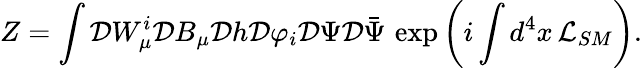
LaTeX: Z=\int{\cal D}W_{\mu}^{i}{\cal D}B_{\mu}{\cal D}h{\cal D}\varphi_{i}{\cal D}\Psi{\cal D}\bar{\Psi}\, \exp\left(i\int d^{4}x\, {\cal L}_{SM}\right).